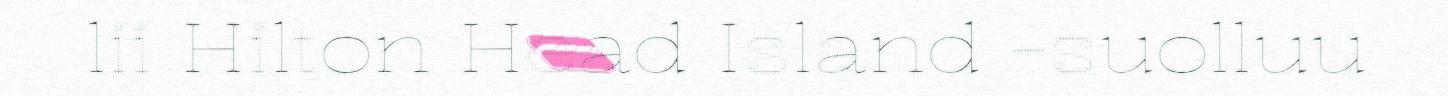
lii Hilton Head Island -suolluu